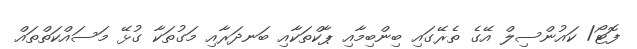
ފޮޓޯ/ ކައުންސިލް އޭގެ ތެރޭގައި ބިންބިމާއި ޕާކްތަކާއި ބަނދަރާއި މަގުތަކާ ގުޅޭ މަސައްކަތްތައް